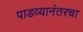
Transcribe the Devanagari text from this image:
पाडव्यानंतरचा